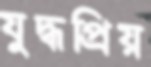
যুদ্ধপ্রিয়